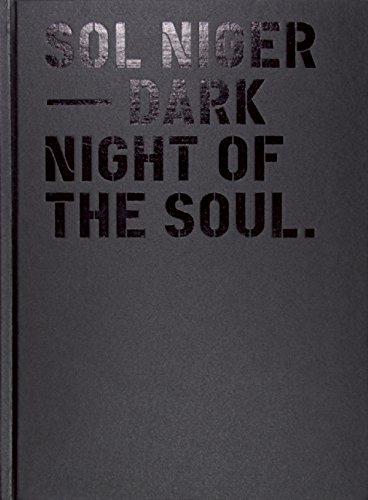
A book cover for Sol Niger: Dark Night of the Soul; Marco Spinner; Travel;